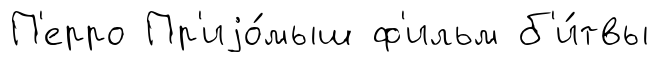
П'ерро Пр'иjо́мыш ф'ильм б'и́твы